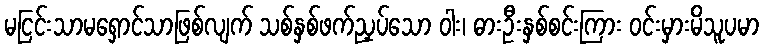
မငြင်းသာမရှောင်သာဖြစ်လျက် သစ်နှစ်ဖက်ညှပ်သော ဝါး၊ ဓားဦးနှစ်စင်းကြား ဝင်းမှားမိသူပမာ